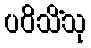
ပဝိသိံသု